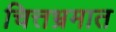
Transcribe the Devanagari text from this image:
चित्तभ्रमात